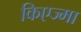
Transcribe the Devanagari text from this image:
किएज्मा